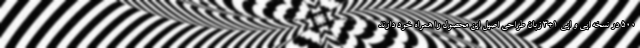
500 در نسخه ایی و ایی 1+3 زبان طراحی اصیل این محصول را همراه خود دارند